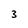
Character: 3